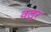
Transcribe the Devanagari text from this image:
वलूर